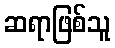
ဆရာဖြစ်သူ